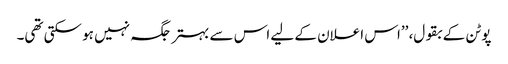
پوٹن کے بقول، ’’اس اعلان کے لیے اس سے بہتر جگہ نہیں ہو سکتی تھی۔